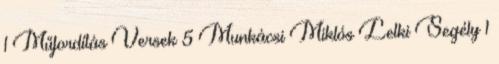
1 Műfordítás Versek 5 Munkácsi Miklós Lelki Segély 1